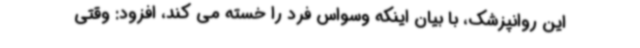
این روانپزشک، با بیان اینکه وسواس فرد را خسته می کند، افزود: وقتی